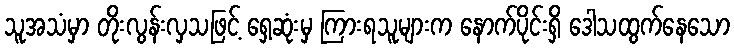
သူအသံမှာ တိုးလွန်းလှသဖြင့် ရှေ့ဆုံးမှ ကြားရသူများက နောက်ပိုင်းရှိ ဒေါသထွက်နေသော